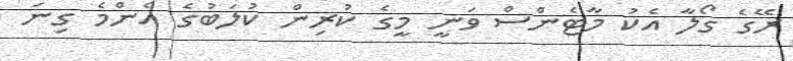
ރޭގެ ގޯލާ އެކު މާޓެންސް ވަނީ މީގެ ކުރިން ކުލަބުގެ އެންމެ ގިނަ